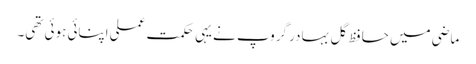
ماضی میں حافظ گل بہادر گروپ نے یہی حکمت عملی اپنائی ہوئی تھی۔